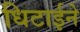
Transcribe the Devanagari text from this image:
धिटाईने